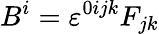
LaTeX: B^{i}=\varepsilon^{0ijk}F_{jk}